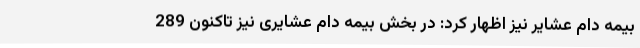
بیمه دام عشایر نیز اظهار کرد: در بخش بیمه دام عشایری نیز تاکنون 289